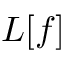
L [ f ]